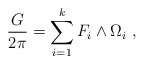
\begin{align*}{G\over 2\pi} = \sum_{i=1}^k F_i \wedge \Omega_i \ ,\end{align*}